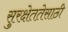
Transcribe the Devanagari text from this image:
सुरक्षेततेसाठी